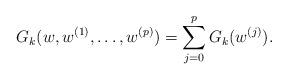
LaTeX: \begin{align*}G_k(w,w^{(1)},\dots,w^{(p)})=\sum_{j=0}^pG_k(w^{(j)}).\end{align*}